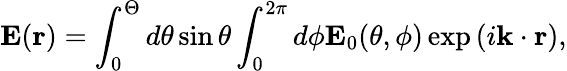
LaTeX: \mathbf{E}(\mathbf{r})=\int_{0}^{\Theta}d\theta\sin\theta\int_{0}^{2\pi}d\phi\mathbf{E}_{0}(\theta,\phi)\exp\left(i\mathbf{k}\cdot\mathbf{r}\right),